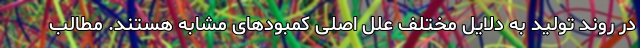
در روند تولید به دلایل مختلف علل اصلی کمبودهای مشابه هستند. مطالب